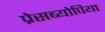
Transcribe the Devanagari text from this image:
प्रेसब्योपिया